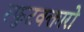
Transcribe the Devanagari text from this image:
स्फुटवक्तारो